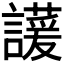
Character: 𬣊